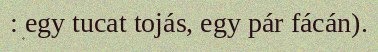
: egy tucat tojás, egy pár fácán).